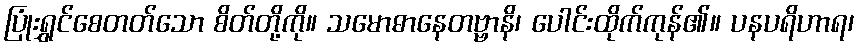
ပြုံးရွှင်စေတတ်သော စိတ်တို့ကို။ သမောဓာနေတဗ္ဗာနိ၊ ပေါင်းထိုက်ကုန်၏။ ပနပရိဟာရ၊